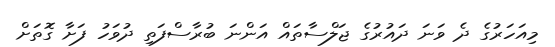
މިއަހަރުގެ ދެ ވަނަ ދައުރުގެ ޖަލްސާތައް އަންނަ ބުރާސްފަތި ދުވަހު ފަށާ ގޮތަށް